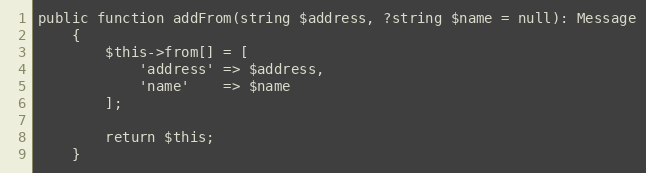
Language: PHP
public function addFrom(string $address, ?string $name = null): Message
    {
        $this->from[] = [
            'address' => $address,
            'name'    => $name
        ];

        return $this;
    }